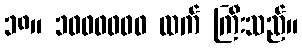
၁၈။ ၁၀၀၀၀၀၀ ထက် ကြီးသည်။